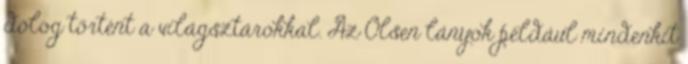
dolog történt a világsztárokkal. Az Olsen lányok például mindenkit